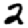
Digit: 2